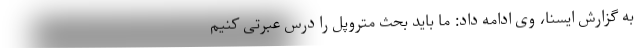
به گزارش ایسنا، وی ادامه داد: ما باید بحث متروپل را درس عبرتی کنیم